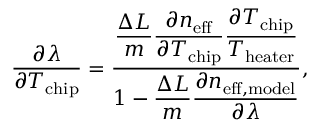
\frac { \partial \lambda } { \partial T _ { \mathrm { c h i p } } } = \frac { \displaystyle \frac { \Delta L } { m } \frac { \partial n _ { \mathrm { e f f } } } { \partial T _ { \mathrm { c h i p } } } \frac { \partial T _ { \mathrm { c h i p } } } { T _ { \mathrm { h e a t e r } } } } { \displaystyle 1 - \frac { \Delta L } { m } \frac { \partial n _ { \mathrm { e f f , m o d e l } } } { \partial \lambda } } ,